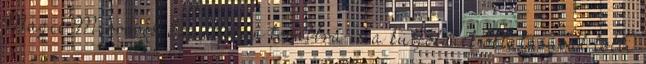
Magic Mirroros Szandokán továbbra is a külföldiek oktatásával tölti